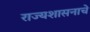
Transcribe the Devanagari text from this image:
राज्यशासनाचे